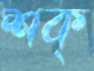
শক্